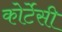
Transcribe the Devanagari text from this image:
कोर्टेसी